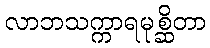
လာဘသက္ကာရမုစ္ဆိတာ